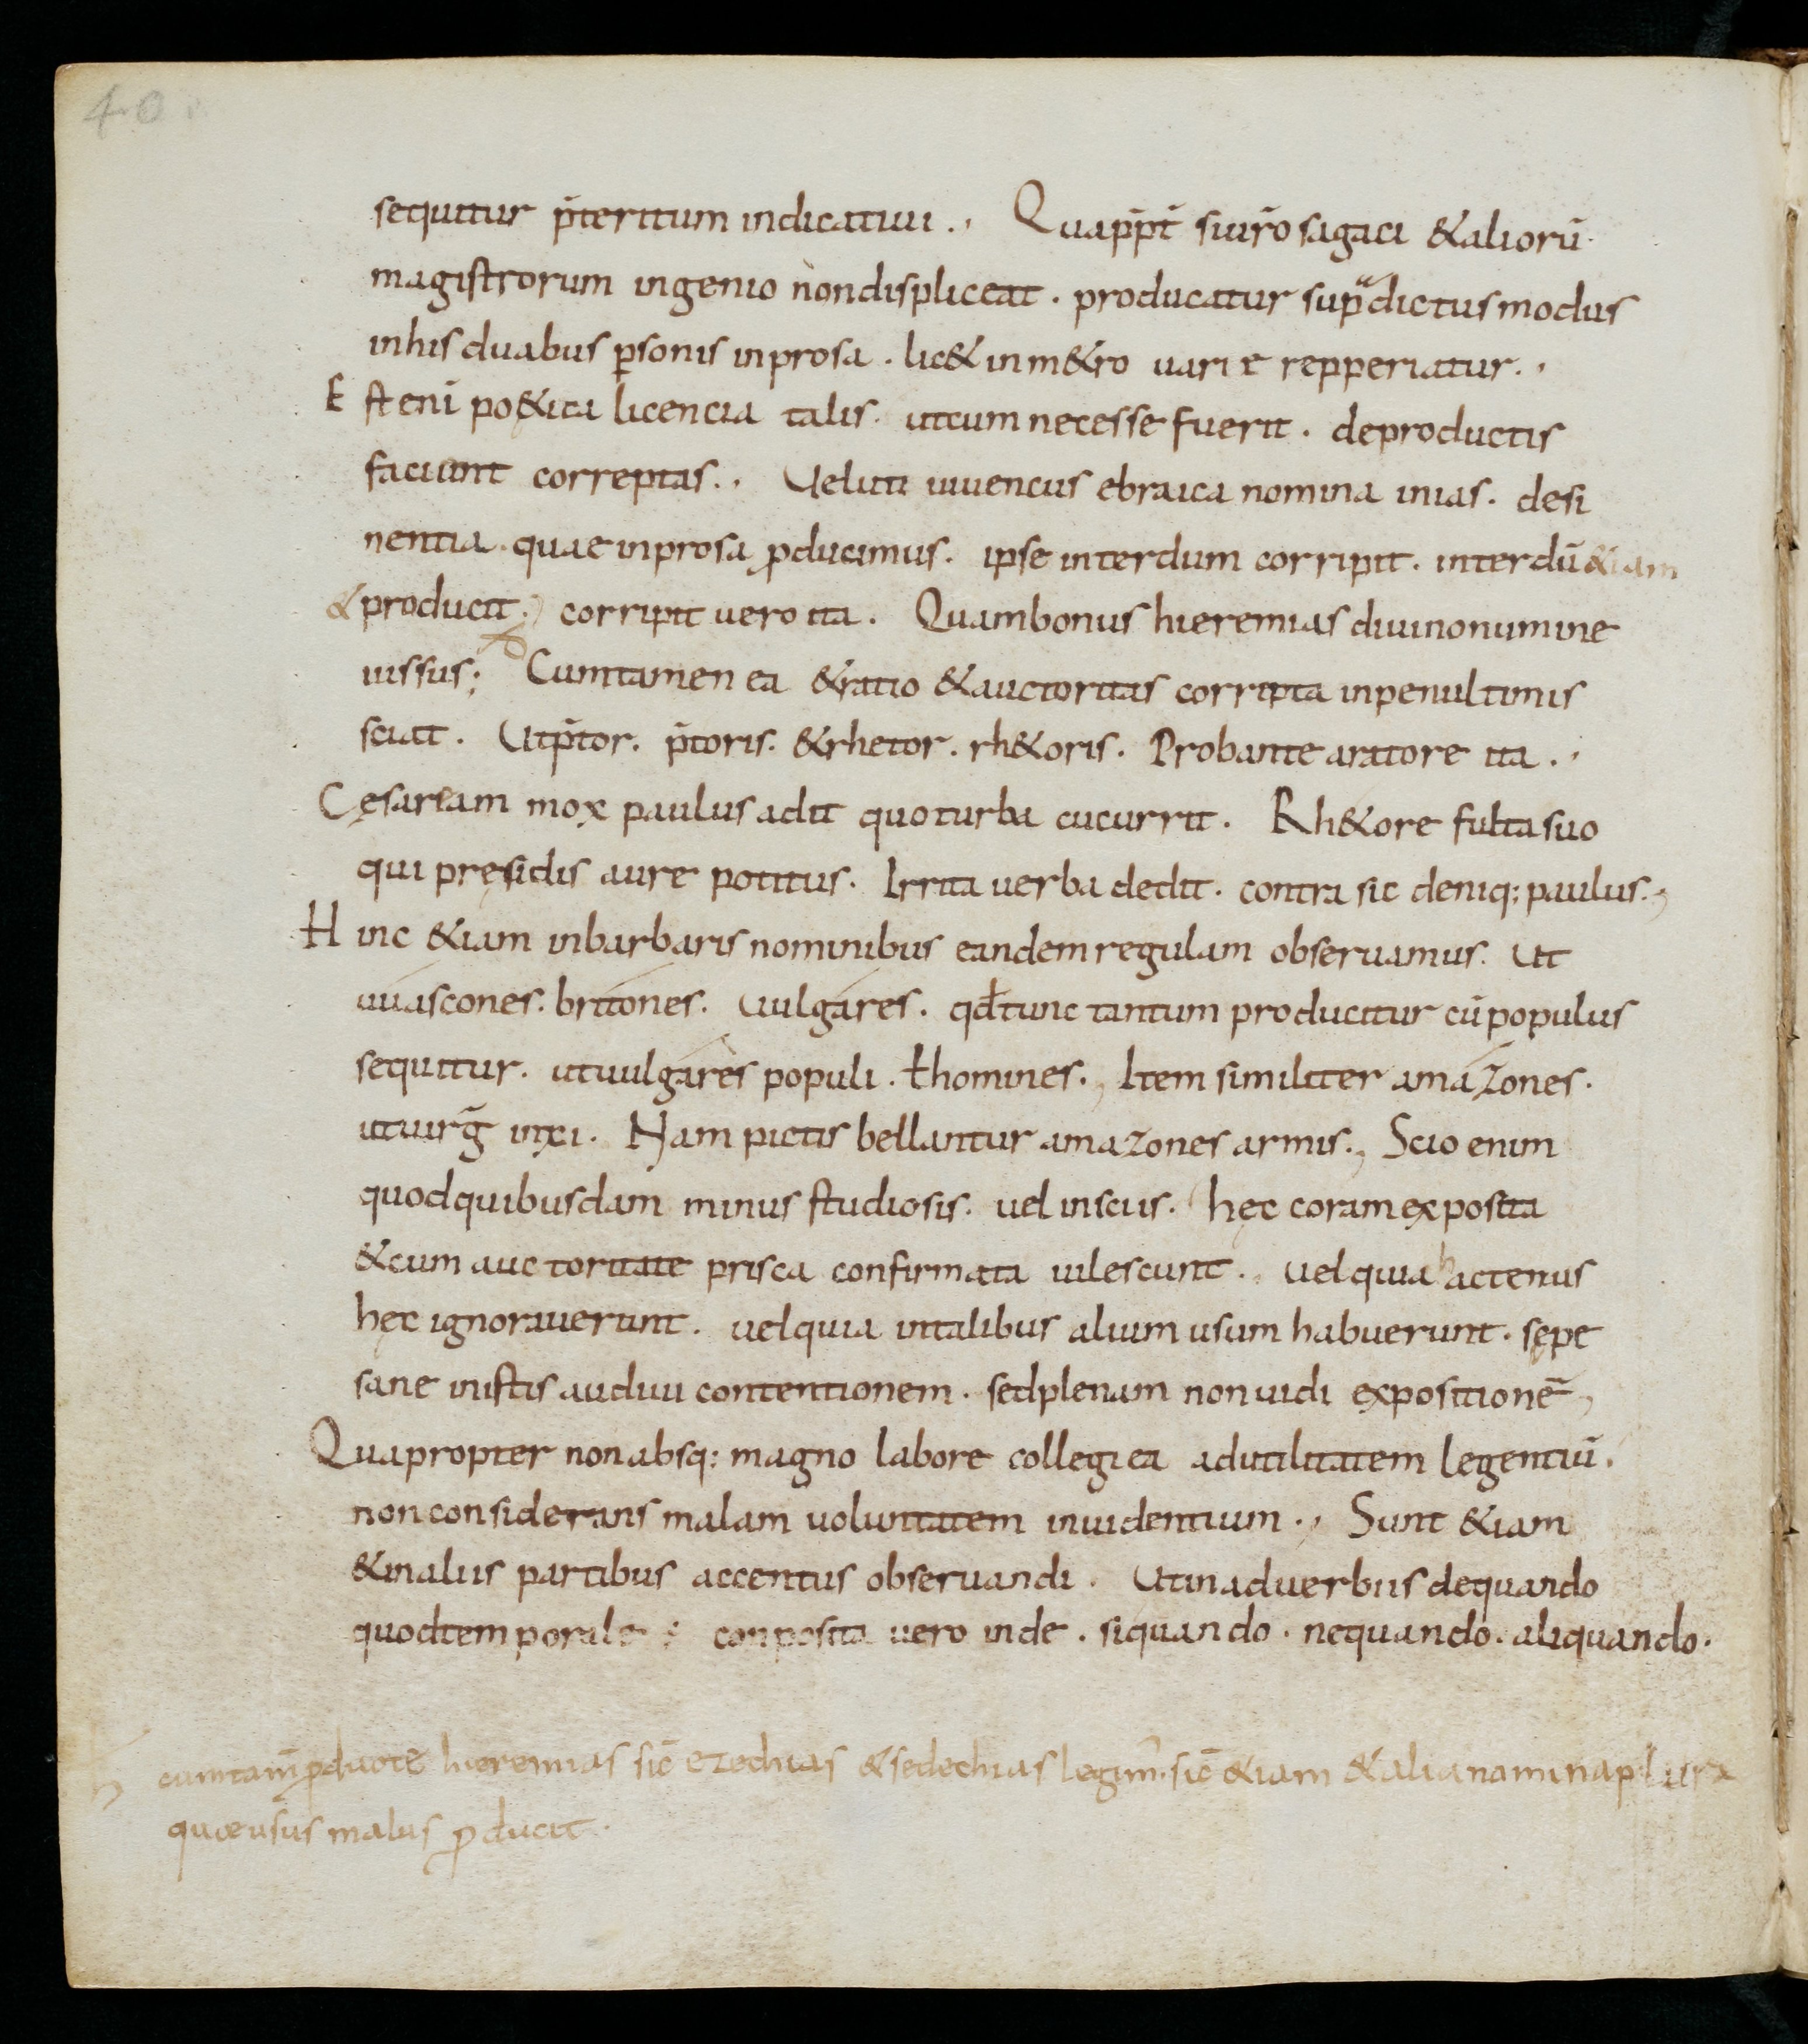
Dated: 900–999